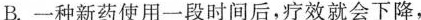
B.一种新药使用一段时间后，疗效就会下降，